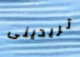
تريدينى